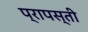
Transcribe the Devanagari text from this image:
प्रापस्ती